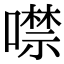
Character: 噤